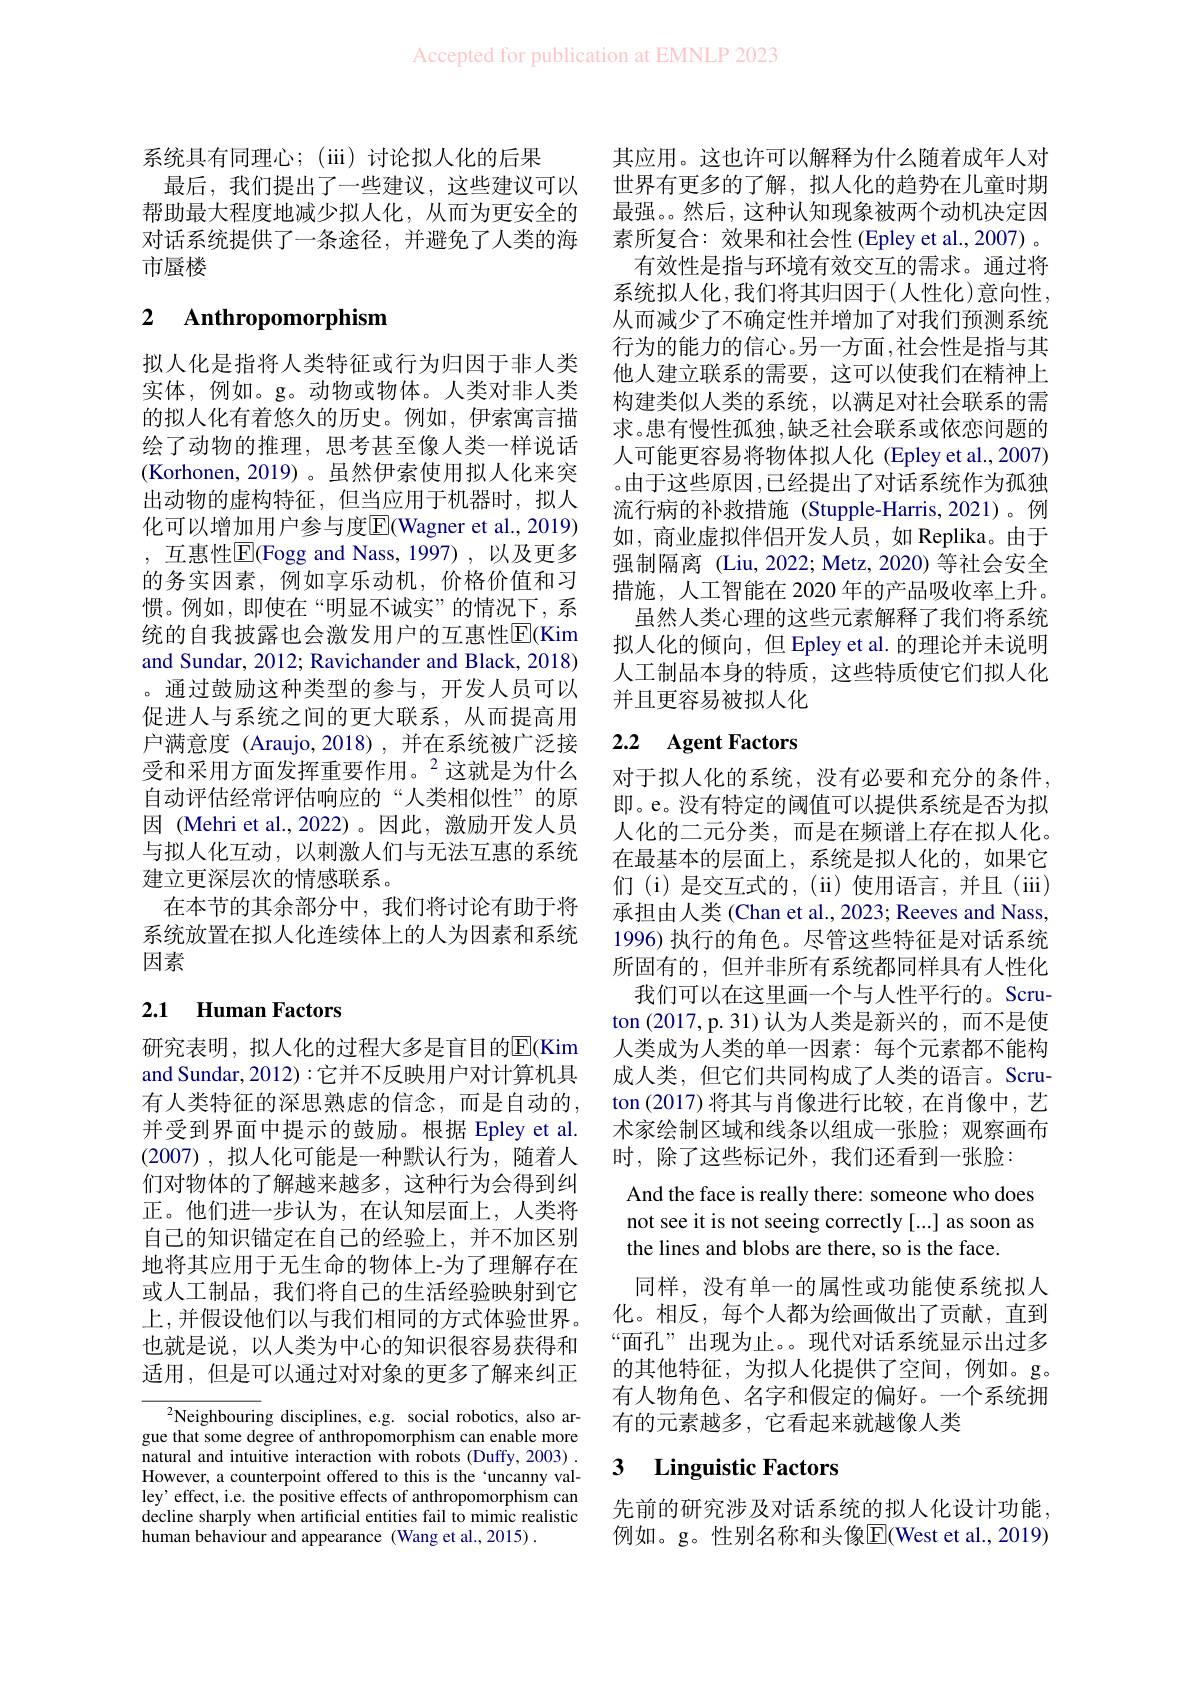
Accepted for publication at EMNLP 2023

系统具有同理心；(iii)讨论拟人化的后果
最后，我们提出了一些建议，这些建议可以帮助最大程度地减少拟人化，从而为更安全的对话系统提供了一条途径，并避免了人类的海市蜃楼

## 2 $\textbf{Anthropomorphism}$

拟人化是指将人类特征或行为归因于非人类实体，例如。g。动物或物体。人类对非人类的拟人化有着悠久的历史。例如，伊索寓言描绘了动物的推理，思考甚至像人类一样说话(Korhonen,2019)。虽然伊索使用拟人化来突出动物的虚构特征，但当应用于机器时，拟人化可以增加用户参与度$\overline{\mathrm{E}}($Wagner et al., 2019) ,互惠性$\overline{\mathrm{E}}($Fogg and Nass,1997),以及更多的务实因素，例如享乐动机，价格价值和习惯。例如，即使在“明显不诚实”的情况下，系统的自我披露也会激发用户的互惠性$\overline{\mathrm{E}}($Kim and Sundar, 2012; Ravichander and Black, 2018) 。通过鼓励这种类型的参与，开发人员可以促进人与系统之间的更大联系，从而提高用户满意度 (Araujo,2018),并在系统被广泛接受和采用方面发挥重要作用。$^{2}$这就是为什么自动评估经常评估响应的“人类相似性”的原因 (Mehri et al.,2022)。因此，激励开发人员与拟人化互动，以刺激人们与无法互惠的系统建立更深层次的情感联系。
在本节的其余部分中，我们将讨论有助于将系统放置在拟人化连续体上的人为因素和系统因素

# 2.1 Human Factors

研究表明，拟人化的过程大多是盲目的$\overline{\mathbb{E}}($Kim and Sundar, 2012):它并不反映用户对计算机具有人类特征的深思熟虑的信念，而是自动的， 并受到界面中提示的鼓励。根据 Epley et al. (2007),拟人化可能是一种默认行为，随着人们对物体的了解越来越多，这种行为会得到纠正。他们进一步认为，在认知层面上，人类将自己的知识锚定在自己的经验上，并不加区别地将其应用于无生命的物体上-为了理解存在或人工制品，我们将自己的生活经验映射到它上，并假设他们以与我们相同的方式体验世界。也就是说，以人类为中心的知识很容易获得和适用，但是可以通过对对象的更多了解来纠正

$^{2}$Neighbouring disciplines, e.g. social robotics, also argue that some degree of anthropomorphism can enable more natural and intuitive interaction with robots (Duffy, 2003) . However, a counterpoint offered to this is the `uncanny valley' effect, i.e. the positive effects of anthropomorphism can decline sharply when artificial entities fail to mimic realistic human behaviour and appearance (Wang et al.,2015) .

其应用。这也许可以解释为什么随着成年人对世界有更多的了解，拟人化的趋势在儿童时期最强。然后，这种认知现象被两个动机决定因素所复合：效果和社会性 (Epley et al.,2007) 。
有效性是指与环境有效交互的需求。通过将系统拟人化，我们将其归因于(人性化)意向性， 从而减少了不确定性并增加了对我们预测系统行为的能力的信心。另一方面，社会性是指与其他人建立联系的需要，这可以使我们在精神上构建类似人类的系统，以满足对社会联系的需求。患有慢性孤独，缺乏社会联系或依恋问题的人可能更容易将物体拟人化 (Epley et al.,2007) 。由于这些原因 ,已经提出了对话系统作为孤独流行病的补救措施 (Stupple-Harris,2021)。例如，商业虚拟伴侣开发人员，如 Replika。由于强制隔离(Liu,2022; Metz,2020)等社会安全措施，人工智能在 2020 年的产品吸收率上升。
虽然人类心理的这些元素解释了我们将系统拟人化的倾向，但 Epley et al. 的理论并未说明人工制品本身的特质，这些特质使它们拟人化并且更容易被拟人化

# 2.2 Agent Factors

对于拟人化的系统，没有必要和充分的条件， 即。e。没有特定的阈值可以提供系统是否为拟人化的二元分类，而是在频谱上存在拟人化。在最基本的层面上，系统是拟人化的，如果它们 (i) 是交互式的，(ii) 使用语言，并且 (iiii) 承担由人类 (Chan et al., 2023; Reeves and Nass, 1996) 执行的角色。尽管这些特征是对话系统所固有的，但并非所有系统都同样具有人性化
我们可以在这里画一个与人性平行的。Scruton (2017,p.31)认为人类是新兴的，而不是使人类成为人类的单一因素：每个元素都不能构成人类，但它们共同构成了人类的语言。Scruton (2017) 将其与肖像进行比较，在肖像中，艺术家绘制区域和线条以组成一张脸；观察画布时，除了这些标记外，我们还看到一张脸：
And the face is really there: someone who does not see it is not seeing correctly [...] as soon as the lines and blobs are there, so is the face.
同样，没有单一的属性或功能使系统拟人化。相反，每个人都为绘画做出了贡献，直到“面孔”出现为止。。现代对话系统显示出过多的其他特征，为拟人化提供了空间，例如。g。有人物角色、名字和假定的偏好。一个系统拥有的元素越多，它看起来就越像人类

# 3 Linguistic Factors

先前的研究涉及对话系统的拟人化设计功能， 例如。g。性别名称和头像$\overline{\mathrm{E}}($West et al.,2019)